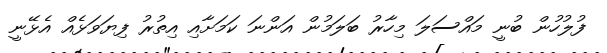
ފުލުހުން ބުނީ މައްސަލަ މިހާރު ބަލަމުން އަންނަ ކަމަށާއި އިތުރު ފިޔަވަޅެއް އެޅޭނީ